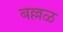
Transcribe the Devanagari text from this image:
बल्लळ